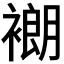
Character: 𬡨